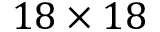
1 8 \times 1 8